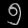
Digit: ၅